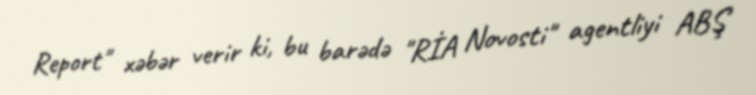
Report" xəbər verir ki, bu barədə "RİA Novosti" agentliyi ABŞ